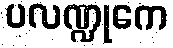
ပလဏ္ဍုကေ